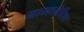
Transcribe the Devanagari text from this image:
नाभानेदिष्ठ